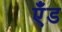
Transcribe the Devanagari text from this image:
एँड